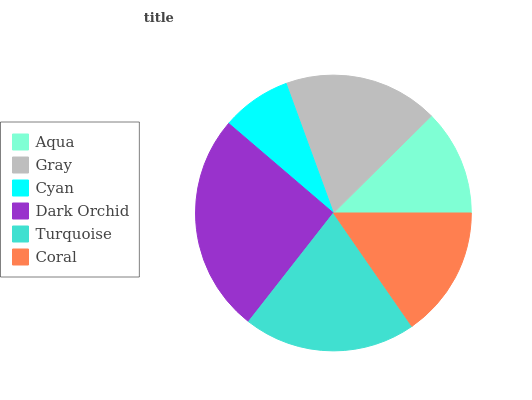
| Aqua | Gray | Cyan | Dark Orchid | Turquoise | Coral |
 | --- | --- | --- | --- | --- | --- |
 | 12.4% | 18.2% | 8.17% | 25.6% | 20.2% | 15.4% |